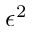
\epsilon ^ { 2 }